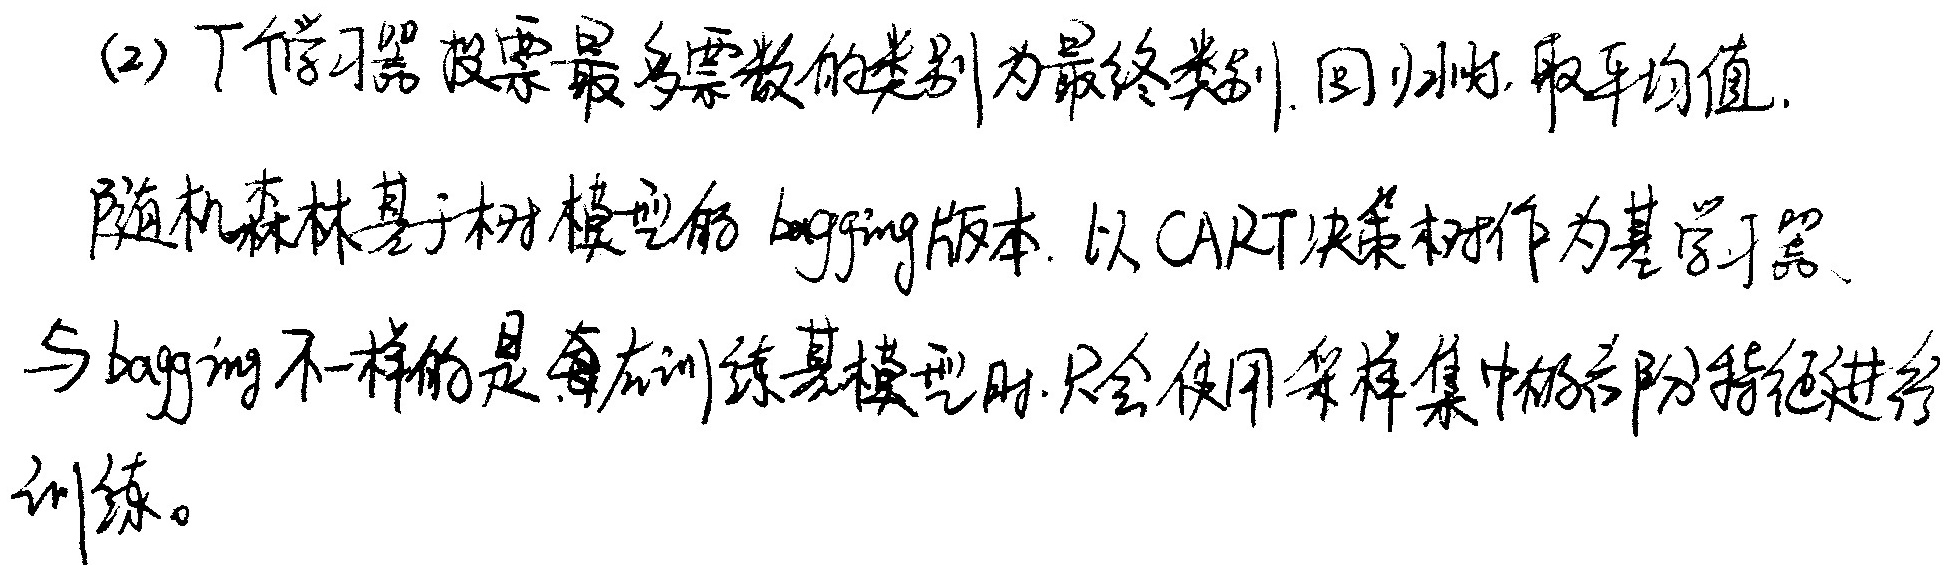
(2) 下学习器投票最多票数的类别为最终类别. 回归时, 取平均值.
随机森林基于树模型的bagging版本. 以CART决策树作为基学习器.
与bagging不一样的是每次训练基模型时, 只会使用采样集中的部分特征进行
训练。